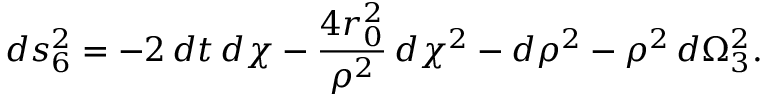
d s _ { 6 } ^ { 2 } = - 2 \, d t \, d \chi - \frac { 4 r _ { 0 } ^ { 2 } } { \rho ^ { 2 } } \, d \chi ^ { 2 } - d \rho ^ { 2 } - \rho ^ { 2 } \, d \Omega _ { 3 } ^ { 2 } .